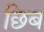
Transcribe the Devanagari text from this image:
छिब